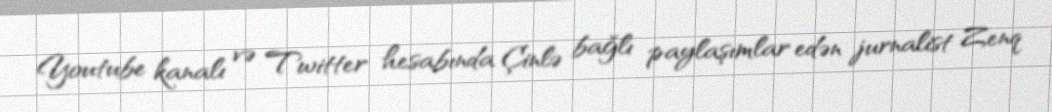
Youtube kanalı və Twitter hesabında Çinlə bağlı paylaşımlar edən jurnalist Zenq